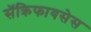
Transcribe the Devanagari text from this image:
सॅक्रिफायसेस